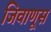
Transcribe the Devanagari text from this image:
जिवाणूस